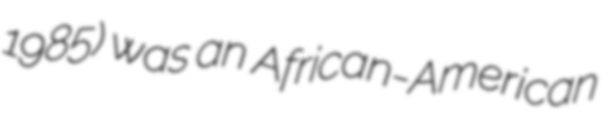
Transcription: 1985) was an African-American